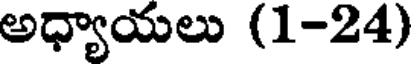
అధ్యాయలు (1-24)